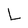
Character: L